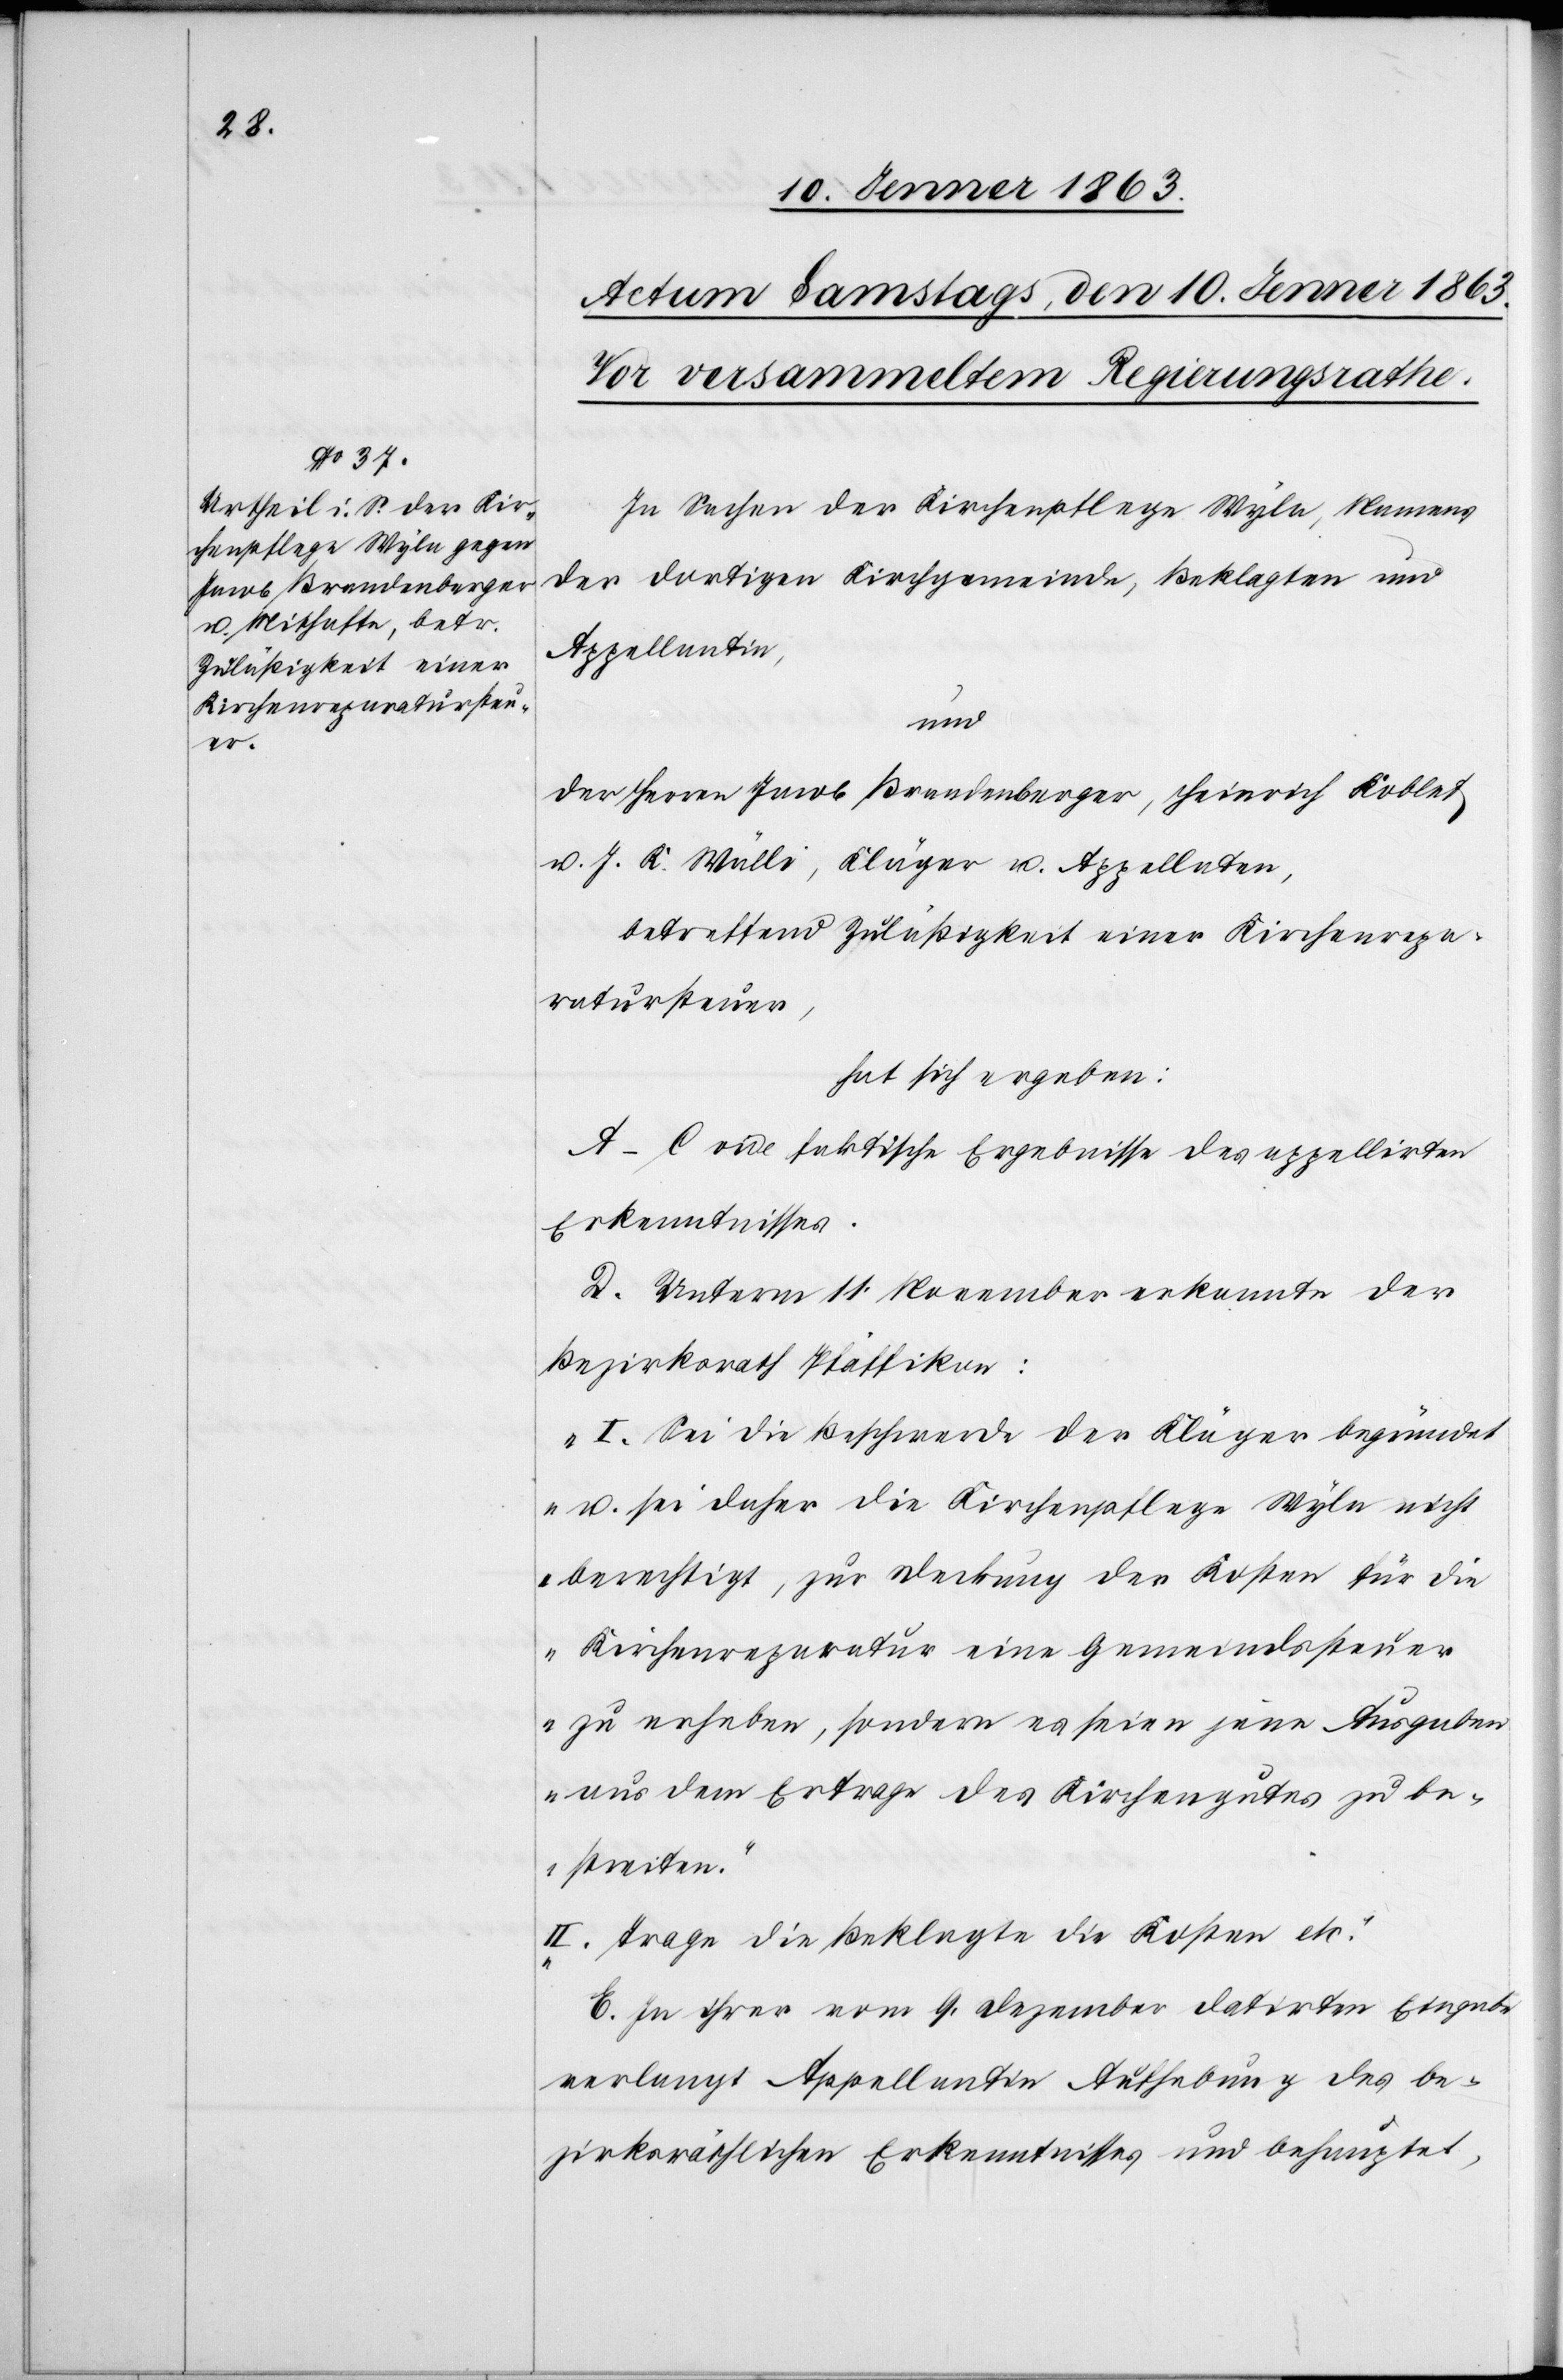
In Sachen der Kirchenpflege Wyla, Namens
der dortigen Kirchgemeinde, Beklagten und
Appellantin,
und
der Herren Jacob Brandenberger, Heinrich Koblet
u. J. K. Wülli, Kläger u. Appellaten,
betreffend Zuläßigkeit einer Kirchenrepa¬
ratursteuer,
hat sich ergeben:
A–C vide faktische Ergebnisse des appellirten
Erkenntnisses.
D. Unterm 11. November erkannte der
Bezirksrath Pfäffikon:
„I. Sei die Beschwerde der Kläger begründet
u. sei daher die Kirchenpflege Wyla nicht
berechtigt, zur Deckung der Kosten für die
Kirchenreparatur eine Gemeindssteuer
zu erheben, sondern es seien jene Ausgaben
aus dem Ertrage des Kirchengutes zu be¬
streiten.
II. Trage die Beklagte die Kosten etc.“
E. In ihrer vom 9. Dezember datirten Eingabe
verlangt Appellantin Aufhebung des be¬
zirksräthlichen Erkenntnisses und behauptet,